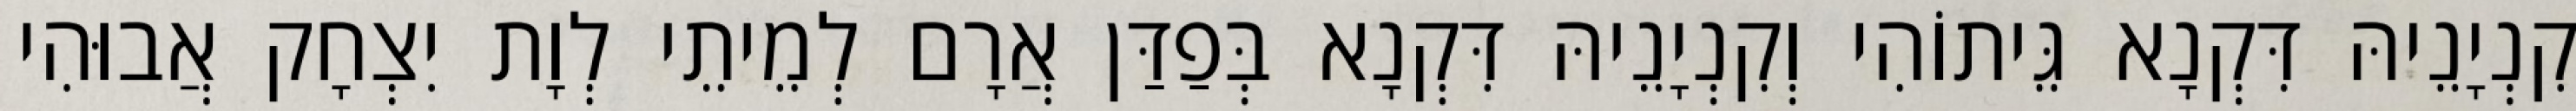
קִנְיָנֵיהּ דִּקְנָא גֵּיתוֹהִי וְקִנְיָנֵיהּ דִּקְנָא בְּפַדַּן אֲרָם לְמֵיתֵי לְוָת יִצְחָק אֲבוּהִי